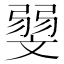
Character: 𰕛